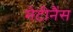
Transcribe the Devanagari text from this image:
मेटीनैंस